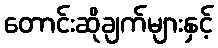
တောင်းဆိုချက်များနှင့်